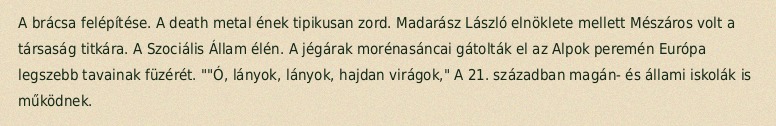
A brácsa felépítése. A death metal ének tipikusan zord. Madarász László elnöklete mellett Mészáros volt a társaság titkára. A Szociális Állam élén. A jégárak morénasáncai gátolták el az Alpok peremén Európa legszebb tavainak füzérét. ""Ó, lányok, lányok, hajdan virágok," A 21. században magán- és állami iskolák is működnek.